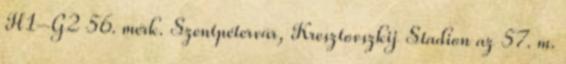
H1–G2 56. mérk. Szentpétervár, Kresztovszkij Stadion az 57. m.